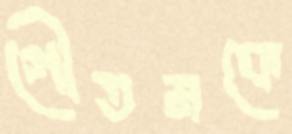
গৌতমকে